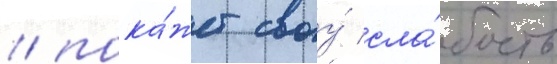
/ пока́жет своу́ сла́бость